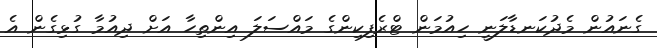
ގެނައުން މެދުކަނޑާލަނީ ހިއުމަން ޓްރެފިކިންގެ މައްސަލަ އިންތިހާ އަށް ދިއުމާ ގުޅިގެން އެ